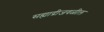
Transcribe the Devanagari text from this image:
सह्याद्रीजवळील